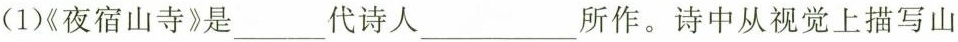
(1)《夜宿山寺》是___代诗人___所作。诗中从视觉上描写山